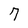
Character: 7